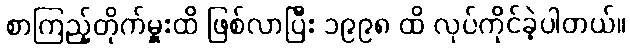
စာကြည့်တိုက်မှူးထိ ဖြစ်လာပြီး ၁၉၉၈ ထိ လုပ်ကိုင်ခဲ့ပါတယ်။